Problem: 50 + 1 = ?
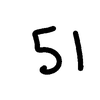
Handwritten answer: 51